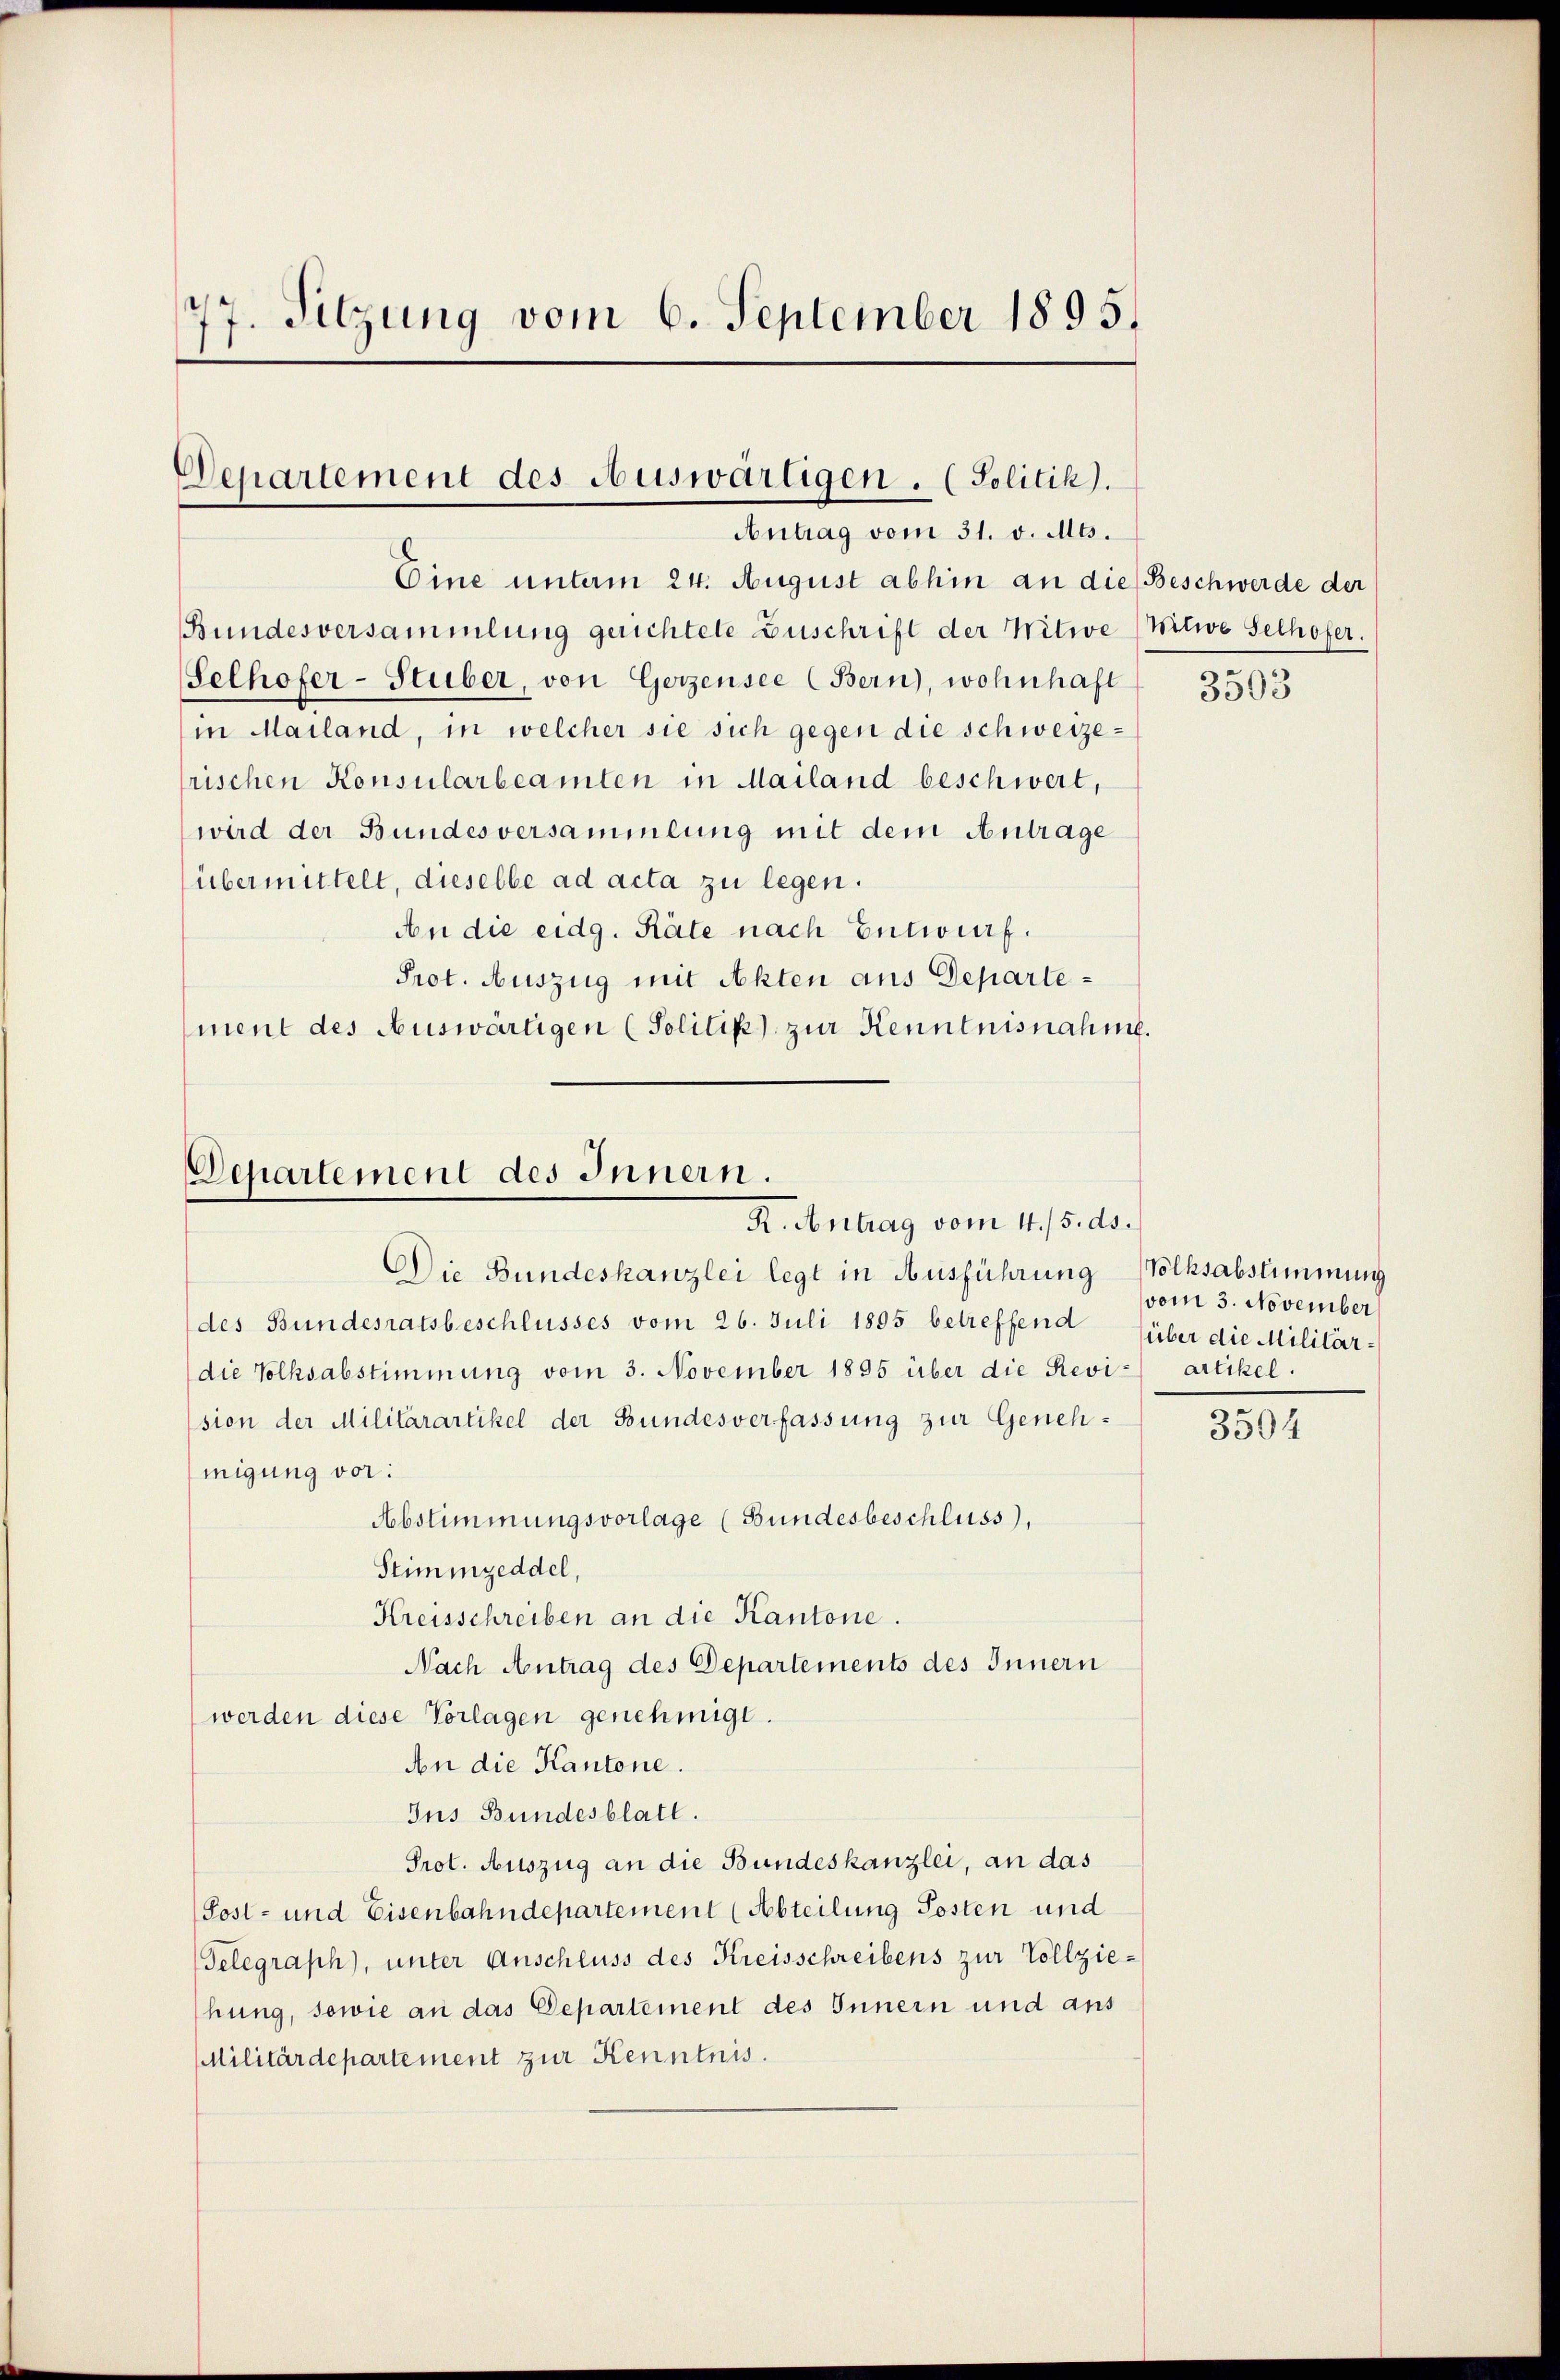
77. Sitzung vom 6. September 1895.

Departement des Auswärtigen. (Solitik).
Antrag vom 31. v. Mts.

Departement des Innern.
K. Antrag vom 4./5. ds.

Eine unterm 24. August abhin an die Beschwerde der
Bundesversammlung gerichtete Zuschrift der Witwe Witwe Selhofer.
Selhofer-Stuber, von Gerzensee (Bern), wohnhaft
in Mailand, in welcher sie sich gegen die Schweizefrischen Konsularbeamten in Mailand beschwert,
wird der Bundesversammlung mit dem Antrage
übermittelt, dieselbe ad acta zu legen.
An die eidg. Räte nach Entwurf.
Prot. Auszug mit Akten aus Departement des Auswärtigen (Solitik zur Kenntnisnahme.

Die Bundeskanzlei legt in Ausführung Volksabstimmung
des Bundesratsbeschlusses vom 26. Juli 1895 betreffend über die Militärdie Volksabstimmung vom 3. November 1895 über die Revi-
sion der Militärartikel der Bundesverfassung zur Genehmigung vor:
Abstimmungsvorlage (Bundesbeschluss),
Stimmzeddel,
Kreisschreiben an die Kantone.
Nach Antrag des Departements des Innern
werden diese Vorlagen genehmigt.
An die Kantone.
Ins Bundesblatt.
Prot. Auszug an die Bundeskanzlei, an das
Sost- und Eisenbahndepartement (Abteilung Posten und
Gelegraph), unter Anschluss des Kreisschreibens zur Vollziehung, sowie an das Departement des Innern und aus
Militärdepartement zur Kenntnis.

3503

vom 3. November
artikel.

3504